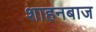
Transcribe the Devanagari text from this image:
शाहनबाज